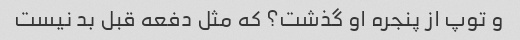
و توپ از پنجره او گذشت؟ که مثل دفعه قبل بد نیست